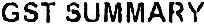
GST SUMMARY